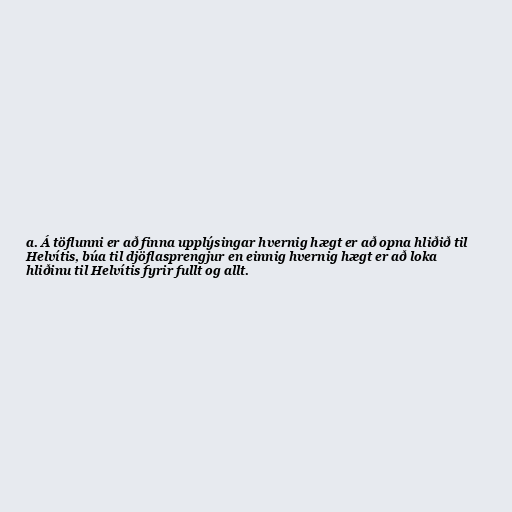
a. Á töflunni er að finna upplýsingar hvernig hægt er að opna hliðið til
Helvítis, búa til djöflasprengjur en einnig hvernig hægt er að loka
hliðinu til Helvítis fyrir fullt og allt.